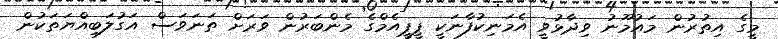
މީގެ އިތުރުން މައުމޫނު ވިދާޅުވީ އެމަނިކުފާނަކީ ޕީޕީއެމްގެ މެންބަރުން ވަރަށް ތަނަވަސް އަގުލަބިއްޔަތަކުން